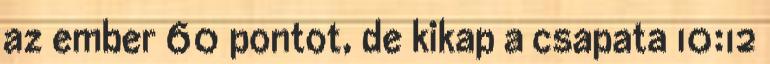
az ember 60 pontot, de kikap a csapata 10:12